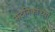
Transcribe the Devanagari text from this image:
सदनिकांच्या